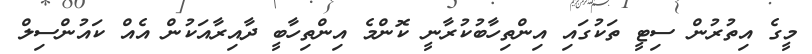
މީގެ އިތުރުން ސިޓީ ތަކުގައި އިންތިހާބުކުރާނީ ކޮންމެ އިންތިހާބީ ދާއިރާއަކުން އެއް ކައުންސިލް